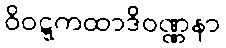
ဝိဝဋ္ဋကထာဒိဝဏ္ဏနာ